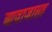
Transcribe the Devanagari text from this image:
आवाजासह